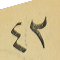
٤٢